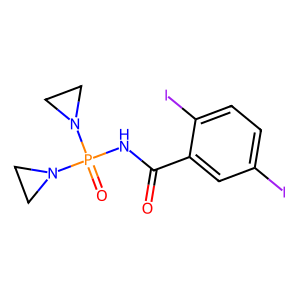
SMILES: O=C(NP(=O)(N1CC1)N1CC1)c1cc(I)ccc1I
Inhibits HIV replication: No